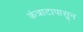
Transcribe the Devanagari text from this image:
कंत्राटापासून